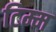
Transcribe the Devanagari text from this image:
टिम्म